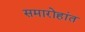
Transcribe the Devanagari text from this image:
समारोहांत